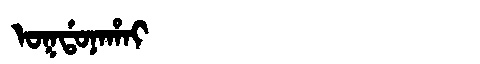
Manchu: ᠣᡴᡩᠣᠨᠠᡥᠠᡳ
Romanization: OKDONAHAI